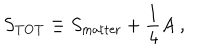
S _ { \mathrm { T O T } } \equiv S _ { \mathrm { m a t t e r } } + \frac { 1 } { 4 } A \ ,